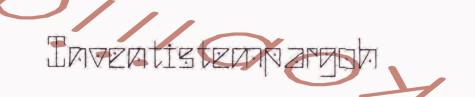
Inventistempargoh